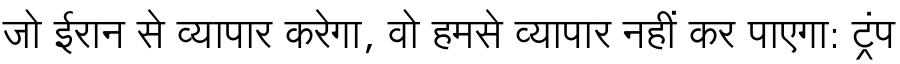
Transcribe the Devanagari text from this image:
जो ईरान से व्यापार करेगा, वो हमसे व्यापार नहीं कर पाएगा: ट्रंप